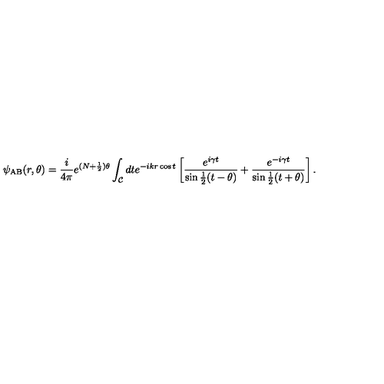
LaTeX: \psi _ { \mathrm { A B } } ( r , \theta ) = { \frac { i } { 4 \pi } } e ^ { ( N + { \frac { 1 } { 2 } } ) \theta } \int _ { \cal C } d t e ^ { - i k r \cos t } \left[ { \frac { e ^ { i \gamma t } } { \sin { \frac { 1 } { 2 } } ( t - \theta ) } } + { \frac { e ^ { - i \gamma t } } { \sin { \frac { 1 } { 2 } } ( t + \theta ) } } \right] .